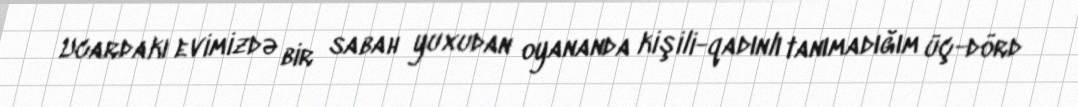
Ucardakı evimizdə bir sabah yuxudan oyananda kişili-qadınlı tanımadığım üç-dörd